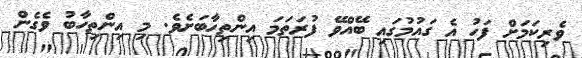
ވެރިކަމަށް ފަހު އެ ގައުމުގައި ބޭއްވޭ ފުރަތަމަ އިންތިހާބަށެވެ. މި އިންތިހާބު ވެގެން